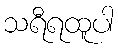
သရီရထူပါ